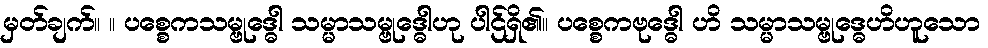
မှတ်ချက်။ ။ ပစ္စေကသမ္ဗုဒ္ဓေါ သမ္မာသမ္ဗုဒ္ဓေါဟု ပါဌ်ရှိ၏။ ပစ္စေကဗုဒ္ဓေါ ဟိ သမ္မာသမ္ဗုဒ္ဓေဟိဟူသော